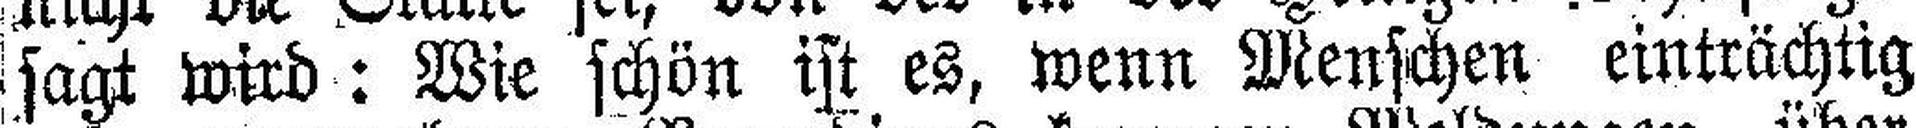
sagt wird: Wie schön ist es, wenn Menschen einträchtig